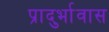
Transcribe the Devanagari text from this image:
प्रादुर्भावास